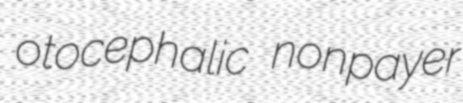
otocephalic nonpayer